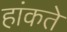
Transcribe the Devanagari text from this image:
हांकते